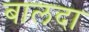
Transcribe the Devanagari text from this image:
बालदा